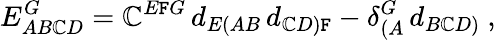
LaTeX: E_{AB\mathbb{C}D}^{G}=\mathbb{C}^{E\mathtt{F}G}\, d_{E(AB}\, d_{\mathbb{C}D)\mathtt{F}}-\delta_{(A}^{G}\, d_{B\mathbb{C}D)}\ ,